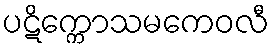
ပဋိက္ကောသမကေဝလီ